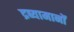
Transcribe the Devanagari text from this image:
द्रब्यामानों